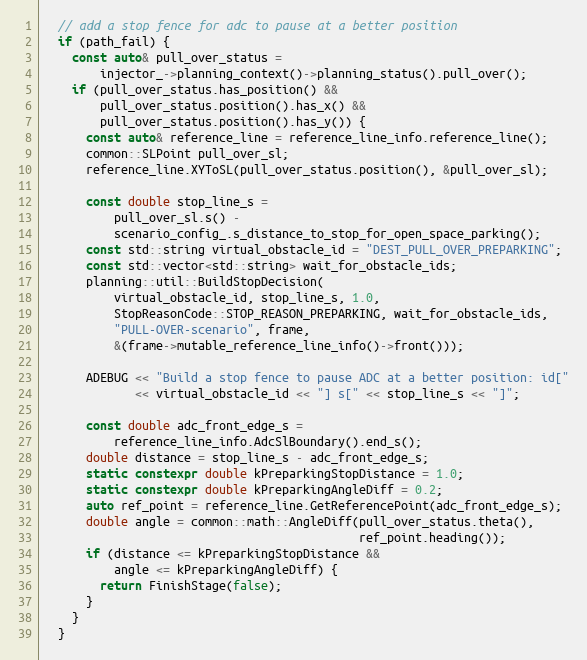
Language: C++
  // add a stop fence for adc to pause at a better position
  if (path_fail) {
    const auto& pull_over_status =
        injector_->planning_context()->planning_status().pull_over();
    if (pull_over_status.has_position() &&
        pull_over_status.position().has_x() &&
        pull_over_status.position().has_y()) {
      const auto& reference_line = reference_line_info.reference_line();
      common::SLPoint pull_over_sl;
      reference_line.XYToSL(pull_over_status.position(), &pull_over_sl);

      const double stop_line_s =
          pull_over_sl.s() -
          scenario_config_.s_distance_to_stop_for_open_space_parking();
      const std::string virtual_obstacle_id = "DEST_PULL_OVER_PREPARKING";
      const std::vector<std::string> wait_for_obstacle_ids;
      planning::util::BuildStopDecision(
          virtual_obstacle_id, stop_line_s, 1.0,
          StopReasonCode::STOP_REASON_PREPARKING, wait_for_obstacle_ids,
          "PULL-OVER-scenario", frame,
          &(frame->mutable_reference_line_info()->front()));

      ADEBUG << "Build a stop fence to pause ADC at a better position: id["
             << virtual_obstacle_id << "] s[" << stop_line_s << "]";

      const double adc_front_edge_s =
          reference_line_info.AdcSlBoundary().end_s();
      double distance = stop_line_s - adc_front_edge_s;
      static constexpr double kPreparkingStopDistance = 1.0;
      static constexpr double kPreparkingAngleDiff = 0.2;
      auto ref_point = reference_line.GetReferencePoint(adc_front_edge_s);
      double angle = common::math::AngleDiff(pull_over_status.theta(),
                                             ref_point.heading());
      if (distance <= kPreparkingStopDistance &&
          angle <= kPreparkingAngleDiff) {
        return FinishStage(false);
      }
    }
  }